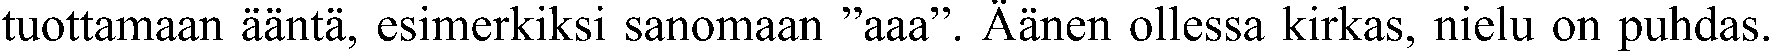
tuottamaan ääntä, esimerkiksi sanomaan ”aaa”. Äänen ollessa kirkas, nielu on puhdas.